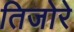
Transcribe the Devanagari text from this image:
तिजोरे